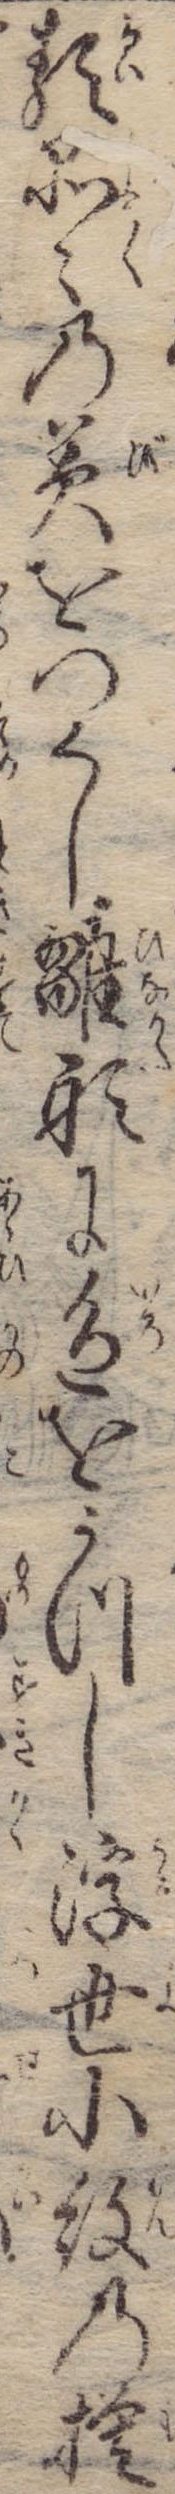
類品々の美をつくし雛形に色をうつし浮世小紋の模